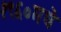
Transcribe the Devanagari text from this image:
१९६०मधे